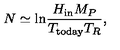
N \simeq \mathrm { l n } { \frac { H _ { \mathrm { i n } } M _ { P } } { T _ { \mathrm { t o d a y } } T _ { R } } } ,